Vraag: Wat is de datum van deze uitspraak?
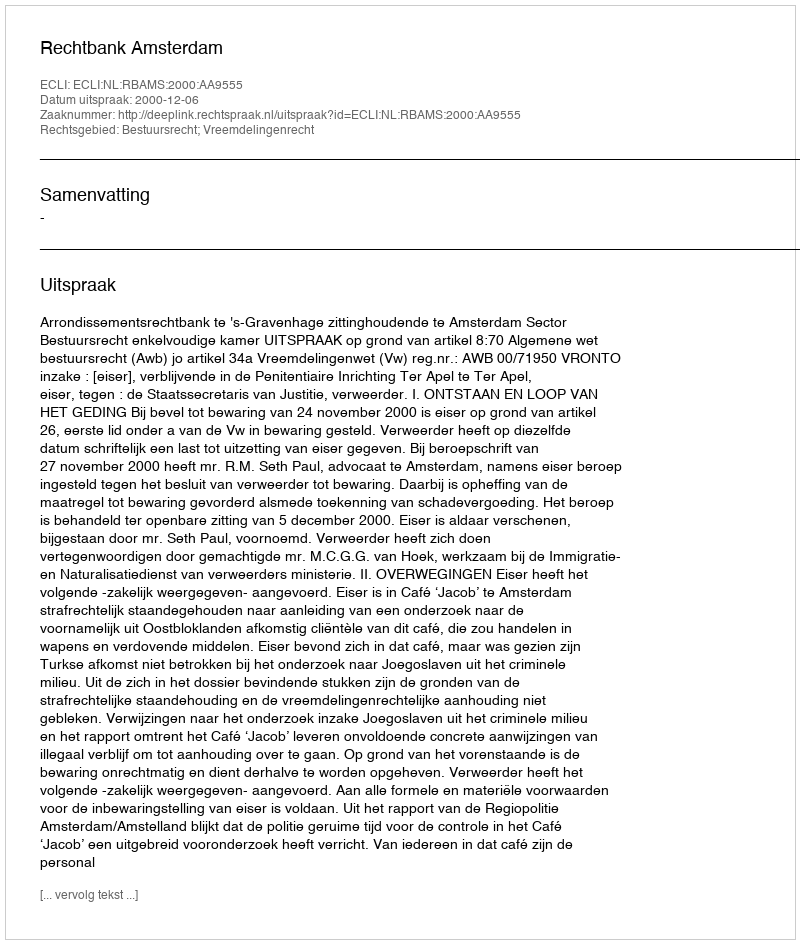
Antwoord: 2000-12-06